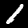
Digit: 1